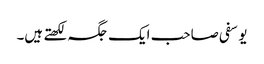
یوسفی صاحب ایک جگہ لکھتے ہیں۔